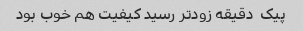
پیک  دقیقه زودتر رسید کیفیت هم خوب بود